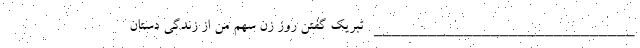
_____________________________ تبریک گفتن روز زن سهم من از زندگی دستان